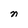
Character: n